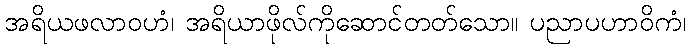
အရိယဖလာဝဟံ၊ အရိယာဖိုလ်ကိုဆောင်တတ်သော။ ပညာပဟာဝိကံ၊